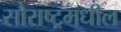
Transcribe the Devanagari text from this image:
सौराष्ट्रमधील